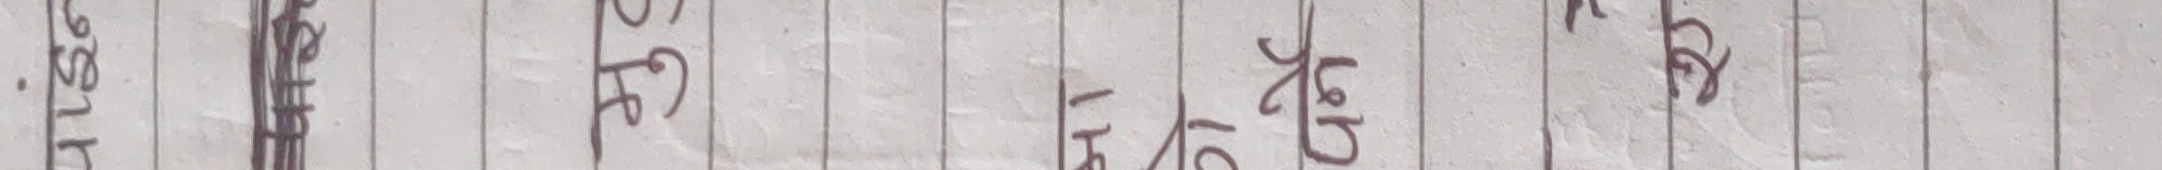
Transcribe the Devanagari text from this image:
.सिर्क आय ढ पी पा के ल रे ब